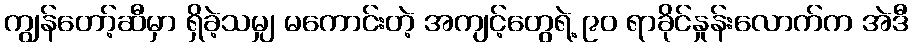
ကျွန်တော့်ဆီမှာ ရှိခဲ့သမျှ မကောင်းတဲ့ အကျင့်တွေရဲ့ ၉၀ ရာခိုင်နှုန်းလောက်က အဲဒီ